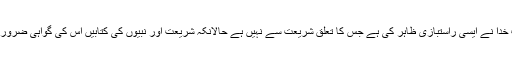
’’مگر اب خُدا نے ایسی راستبازی ظاہر کی ہے جس کا تعلق شریعت سے نہیں ہے حالانکہ شریعت اور نبیوں کی کتابیں اِس کی گواہی ضرور دیتی ہیں۔